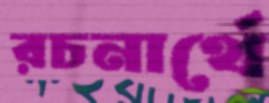
রচনার্থে